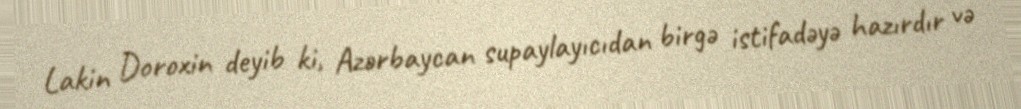
Lakin Doroxin deyib ki, Azərbaycan supaylayıcıdan birgə istifadəyə hazırdır və